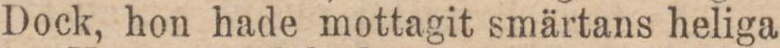
Dock, hon hade mottagit smärtans heliga